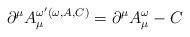
\begin{align*}\partial^{\mu}A_{\mu}^{\omega^{\prime}(\omega,A,C)}=\partial^{\mu}A_{\mu}^{\omega}- C\end{align*}